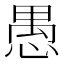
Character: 愚